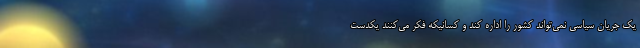
یک جریان سیاسی نمی‌تواند کشور را اداره کند و کسانیکه فکر می‌کنند یکدست